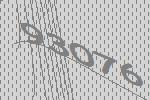
93076